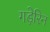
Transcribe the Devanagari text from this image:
गड़ेरिन